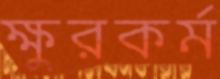
ক্ষুরকর্ম